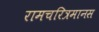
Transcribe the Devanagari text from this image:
रामचरित्रमानस